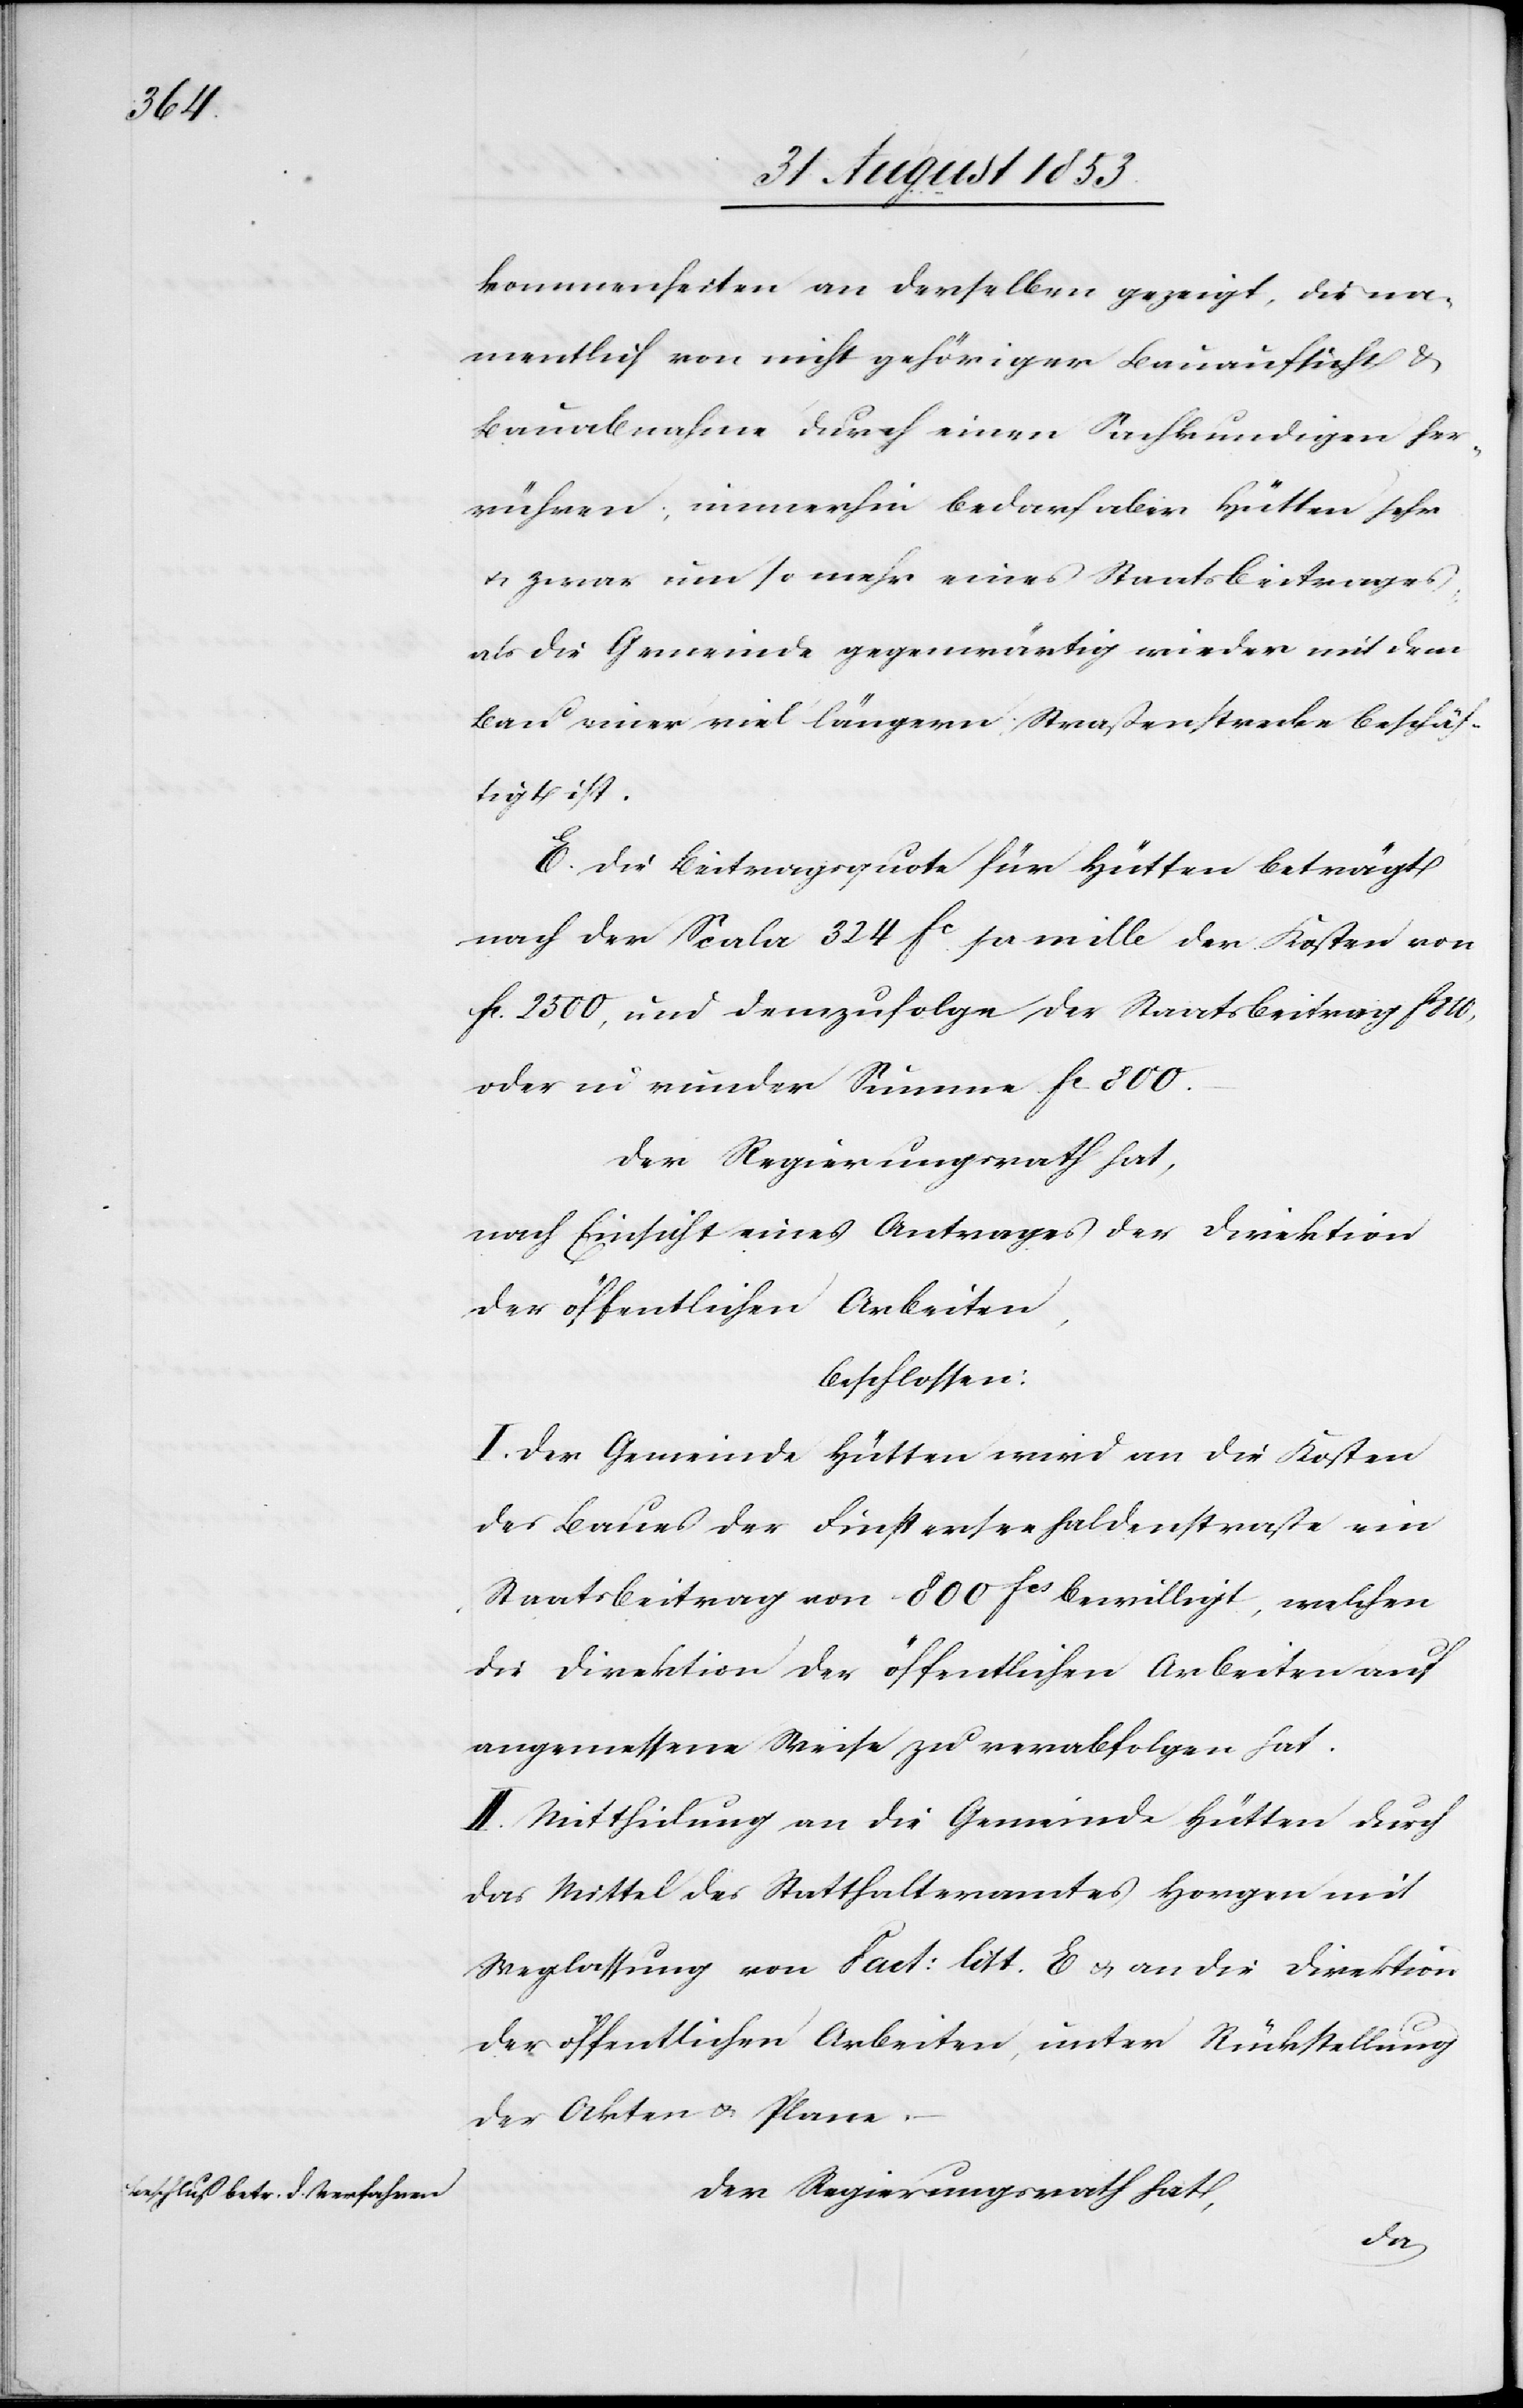
kommenheiten an derselben gezeigt, die na¬
mentlich von nicht gehöriger Bauaufsicht u.
Bauabnahme durch einen Sachkundigen her¬
rühren; immerhin Bedarf aber Hütten sehr
u. zwar um so mehr eines Staatsbeitrages
als die Gemeinde gegenwärtig wieder mit dem
Bau einer viel längern Straßenstrecke beschäf¬
tigt ist.
E. Die Beitragsquote für Hütten beträgt
nach der Scala 324 fc pr mille der Kosten von
fc 2500, und demzufolge der Staatsbeitrag fc 820,
oder in runder Summe fc 800.
Der Regierungsrath hat,
nach Einsicht eines Antrages der Direktion
der öffentlichen Arbeiten,
beschlossen:
I. Der Gemeinde Hütten wird an die Kosten
des Baues der Finsterhaldenstraße ein
Staatsbeitrag von 800 fcs bewilligt, welchen
die Direktion der öffentlichen Arbeiten auf
angemessene Weise zu verabfolgen hat.
II. Mittheilung an die Gemeinde Hütten durch
das Mittel des Statthalteramtes Horgen mit
Weglassung von Fact: litt. E u. an die Direktion
der öffentlichen Arbeiten, unter Rückstellung
der Akten u. Plane.
Der Regierungsrath hat,